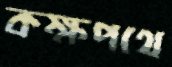
কক্ষপথে